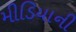
મીડિયાની